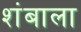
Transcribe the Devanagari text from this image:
शंबाला